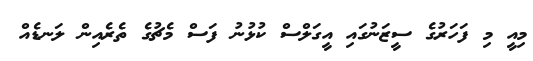
މިއީ މި ފަހަރުގެ ސީޒަނުގައި އީގަލްސް ކުޅުނު ފަސް މެޗުގެ ތެރެއިން ލަނޑެއް